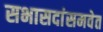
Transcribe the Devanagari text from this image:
सभासदांसमवेत